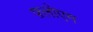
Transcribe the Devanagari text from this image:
फ़्लोएम